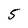
Character: 5